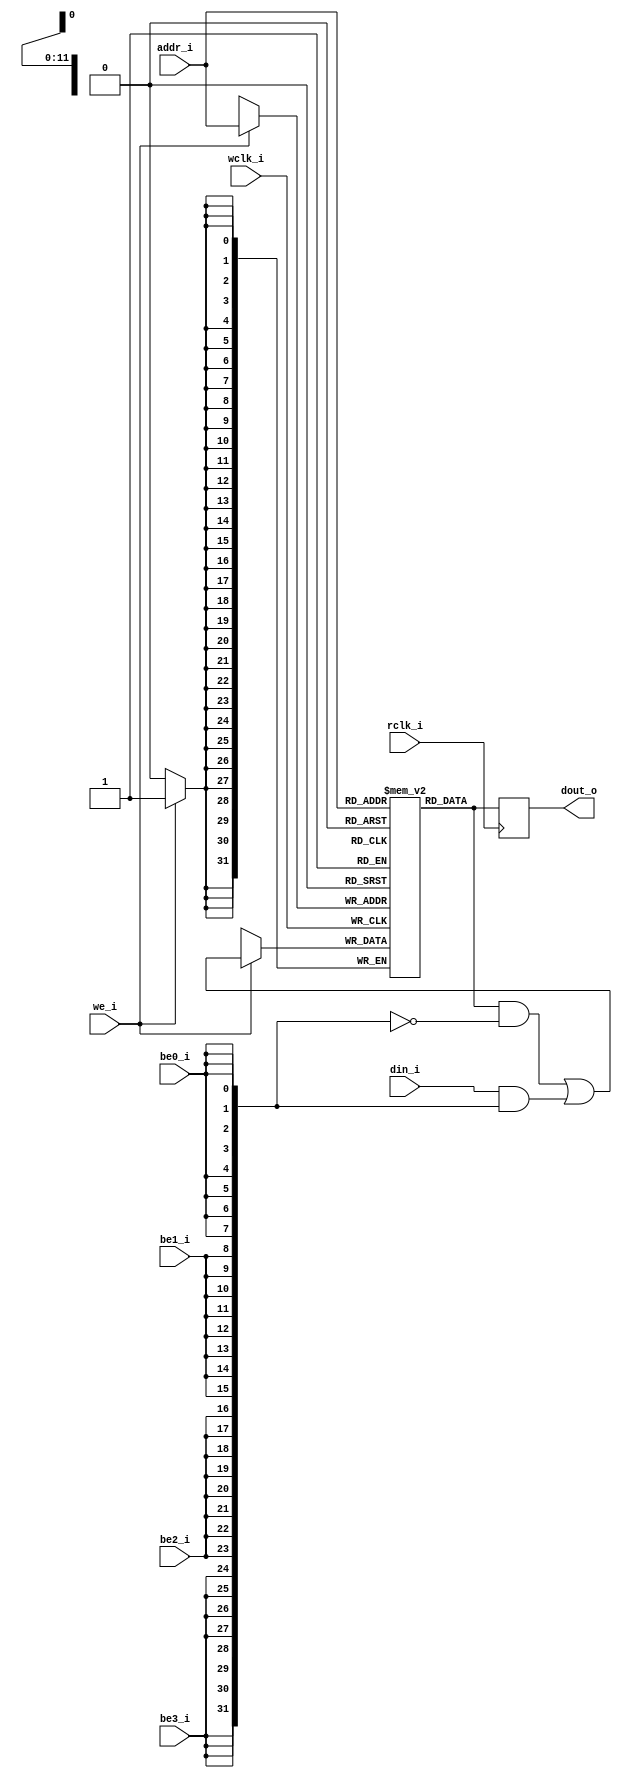
//
//   ______     ___________  ___     ____   ____     _                _     _
//  |  _ \ \   / /___ /___ \|_ _|   / ___| / ___|   | |    ___   __ _(_)___(_)
//  | |_) \ \ / /  |_ \ __) || |    \___ \| |       | |   / _ \ / _` | / __| | '_ ` _ \
//  |  _ < \ V /  ___) / __/ | |     ___) | |___    | |__| (_) | (_| | \__ \ | | | | | |
//  |_| \_\ \_/  |____/_____|___|___|____/ \____|___|_____\___/ \__, |_|___/_|_| |_| |_|
//                             |_____|         |_____|          |___/
//
// Project  https://github.com/meiniKi/RV32I_SC_Logisim/           
// Author   Meinhard Kissich
//
// Usage    RAM module
//          currently: hard-coded 4-byte width (paramter changes are ignored!)
//
//


module ram #( parameter DATA_WIDTH = 32,
              parameter ADDR_WIDTH = 12,
              parameter INIT_FILE  = "",
              parameter INIT_BYTE0 = "",
              parameter INIT_BYTE1 = "",
              parameter INIT_BYTE2 = "",
              parameter INIT_BYTE3 = "") (
    input  wire                     wclk_i,
    input  wire                     rclk_i,
    input  wire [ADDR_WIDTH-1:0]    addr_i, 
    input  wire [DATA_WIDTH-1:0]    din_i,
    input  wire                     we_i, 
    input  wire                     be0_i,
    input  wire                     be1_i,
    input  wire                     be2_i,
    input  wire                     be3_i,
    output wire  [DATA_WIDTH-1:0]   dout_o
);

`ifdef SYNTH_ICE40


    ram_byte #( .ADDR_WIDTH ( ADDR_WIDTH ),
                .INIT_FILE  ( INIT_BYTE0 )) i_ram_byte0 (
                                                        .wclk_i ( wclk_i ),
                                                        .rclk_i ( rclk_i ),
                                                        .addr_i ( addr_i ), 
                                                        .din_i  ( din_i[7:0] ),
                                                        .we_i   ( we_i & be0_i ),
                                                        .dout_o ( dout_o[7:0] )
                                                    );

    ram_byte #( .ADDR_WIDTH ( ADDR_WIDTH ),
                .INIT_FILE  ( INIT_BYTE1 )) i_ram_byte1 (
                                                        .wclk_i ( wclk_i ),
                                                        .rclk_i ( rclk_i ),
                                                        .addr_i ( addr_i ), 
                                                        .din_i  ( din_i[15:8] ),
                                                        .we_i   ( we_i & be1_i ),
                                                        .dout_o ( dout_o[15:8] )
                                                    );

    ram_byte #( .ADDR_WIDTH ( ADDR_WIDTH ),
                .INIT_FILE  ( INIT_BYTE2 )) i_ram_byte2 (
                                                        .wclk_i ( wclk_i ),
                                                        .rclk_i ( rclk_i ),
                                                        .addr_i ( addr_i ), 
                                                        .din_i  ( din_i[23:16] ),
                                                        .we_i   ( we_i & be2_i ),
                                                        .dout_o ( dout_o[23:16] )
                                                    );

    ram_byte #( .ADDR_WIDTH ( ADDR_WIDTH ),
                .INIT_FILE  ( INIT_BYTE3 )) i_ram_byte3 (
                                                        .wclk_i ( wclk_i ),
                                                        .rclk_i ( rclk_i ),
                                                        .addr_i ( addr_i ), 
                                                        .din_i  ( din_i[31:24] ),
                                                        .we_i   ( we_i & be3_i ),
                                                        .dout_o ( dout_o[31:24] )
                                                    );

`else

    reg  [DATA_WIDTH-1:0] mem [(2**ADDR_WIDTH-1):0];
    wire [DATA_WIDTH-1:0] mask; 

    // Note: this needs to be adopted when DATA_WIDTH!=32 bit
    // assertion might be inserted
    //
    assign mask = {{8{be3_i}}, {8{be2_i}}, {8{be1_i}}, {8{be0_i}}};

    initial begin
        if (INIT_FILE != "")
            $readmemh(INIT_FILE, mem);
    end

    // use _wire_ for dout_o in all ifdefs
    //
    reg [DATA_WIDTH-1:0] dout;
    assign dout_o = dout;

    always @(posedge rclk_i) begin
        dout <= mem[addr_i];
    end

    always @(posedge wclk_i) begin
        if (we_i) begin
        mem[addr_i] <= (mem[addr_i] & ~mask) | (din_i & mask); 
        end
    end
`endif

endmodule